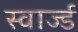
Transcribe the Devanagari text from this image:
स्वार्ज्ड